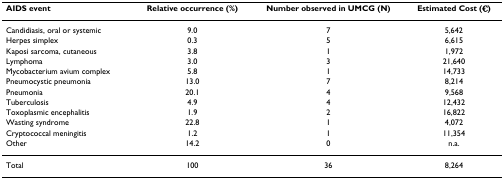
<table><thead><tr><td><b>AIDS event</b></td><td><b>Relative occurrence (%)</b></td><td><b>Number observed in UMCG (N)</b></td><td><b>Estimated Cost (€)</b></td></tr></thead><tbody><tr><td>Candidiasis, oral or systemic</td><td>9.0</td><td>7</td><td>5,642</td></tr><tr><td>Herpes simplex</td><td>0.3</td><td>5</td><td>6,615</td></tr><tr><td>Kaposi sarcoma, cutaneous</td><td>3.8</td><td>1</td><td>1,972</td></tr><tr><td>Lymphoma</td><td>3.0</td><td>3</td><td>21,640</td></tr><tr><td>Mycobacterium avium complex</td><td>5.8</td><td>1</td><td>14,733</td></tr><tr><td>Pneumocystic pneumonia</td><td>13.0</td><td>7</td><td>8,214</td></tr><tr><td>Pneumonia</td><td>20.1</td><td>4</td><td>9,568</td></tr><tr><td>Tuberculosis</td><td>4.9</td><td>4</td><td>12,432</td></tr><tr><td>Toxoplasmic encephalitis</td><td>1.9</td><td>2</td><td>16,822</td></tr><tr><td>Wasting syndrome</td><td>22.8</td><td>1</td><td>4,072</td></tr><tr><td>Cryptococcal meningitis</td><td>1.2</td><td>1</td><td>11,354</td></tr><tr><td>Other</td><td>14.2</td><td>0</td><td>n.a.</td></tr><tr><td>Total</td><td>100</td><td>36</td><td>8,264</td></tr></tbody></table>